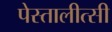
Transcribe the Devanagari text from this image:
पेस्तालीत्सी